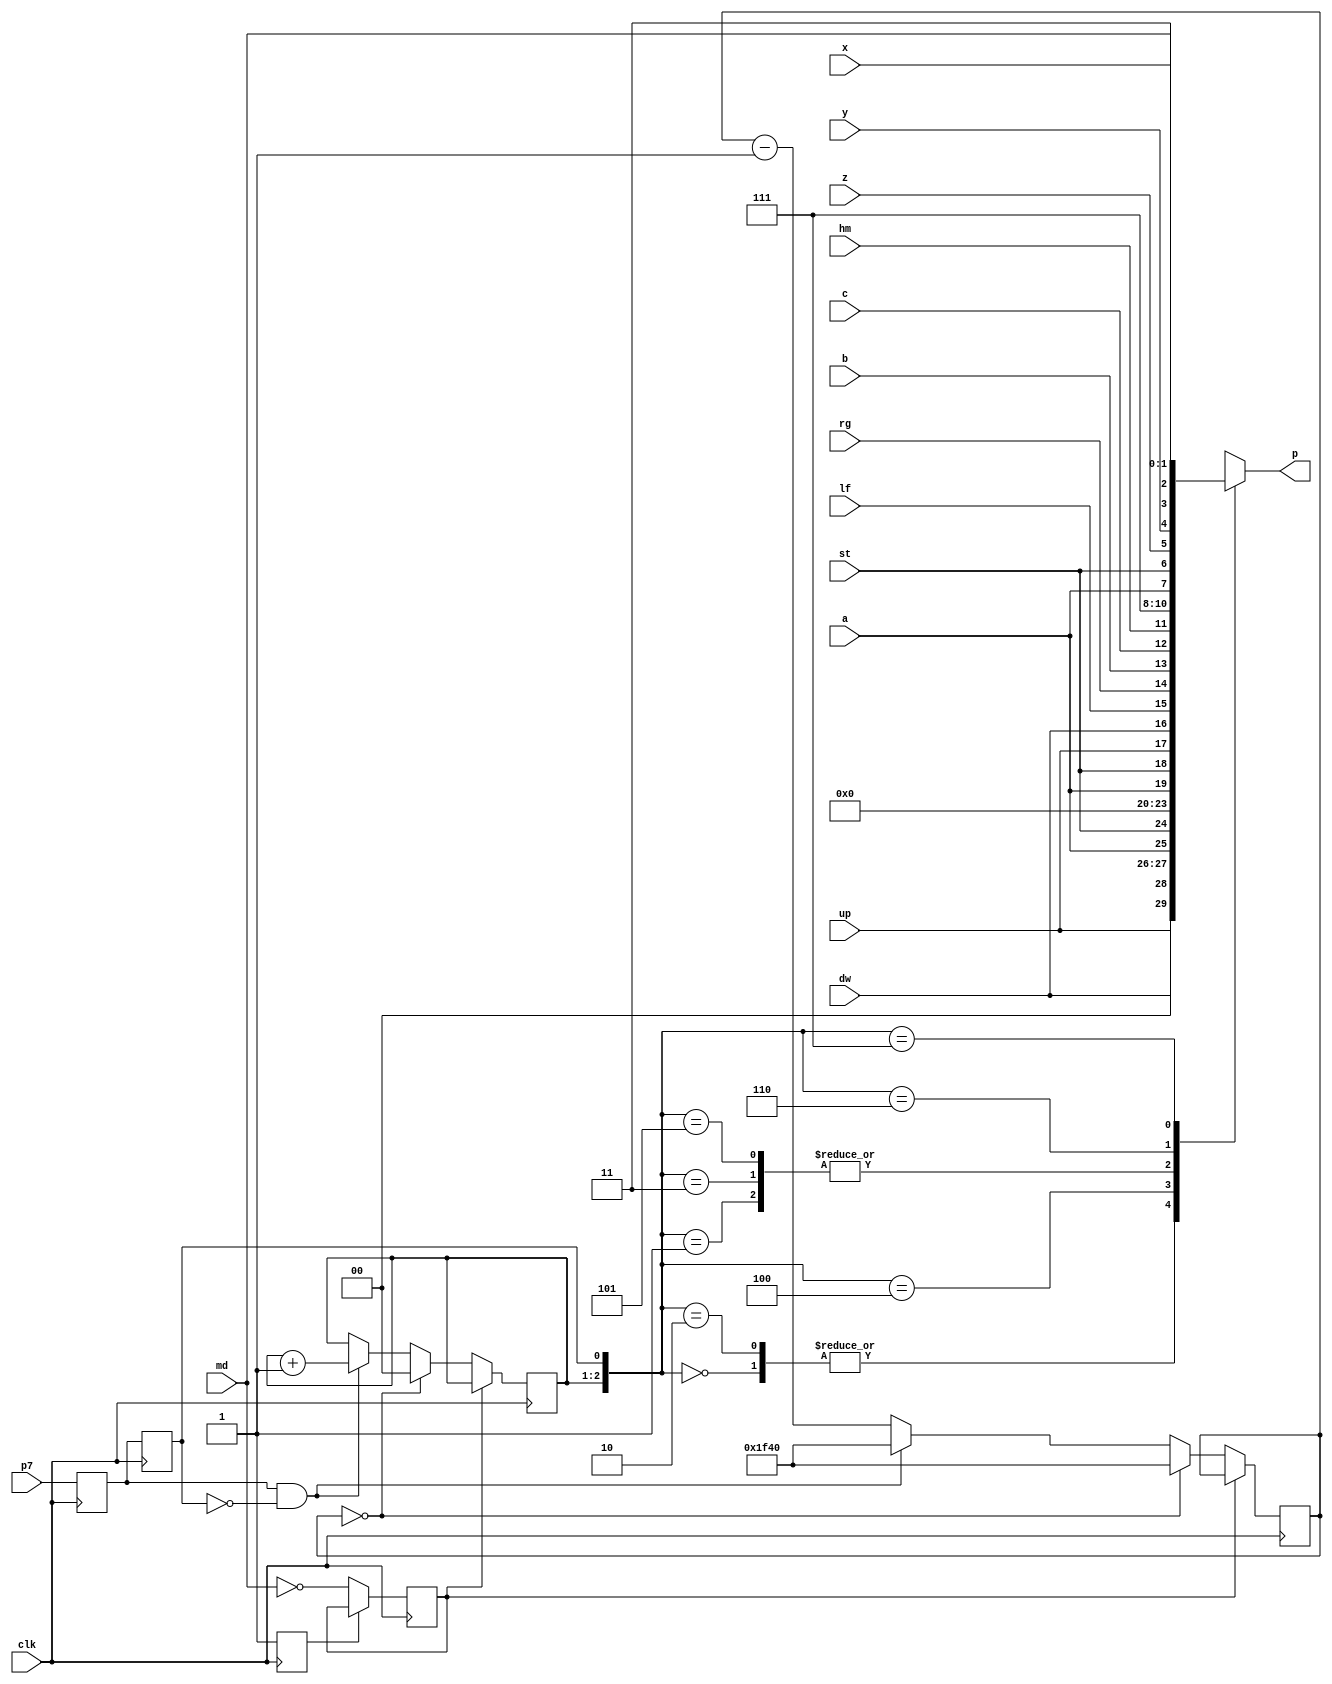
module smdsixbutton (
	input clk,
	input p7,	 // DB9_PIN7 (SEL)
	output reg [5:0] p = 6'b111111, // {DB9_PIN1, DB9_PIN2, DB9_PIN3, DB9_PIN4, DB9_PIN6, DB9_PIN9}
	input up,	 // Up button
	input dw,	 // Down button
	input lf,	 // Left button
	input rg,	 // Right button
	input a,	 // A button
	input b,	 // B button
	input c,	 // C button
	input st,	 // Start button
	input x,	 // X button
	input y,	 // Y button
	input z,	 // Z button
	input md,	 // Mode button
	input hm     // Home button (Analogue Mega Sg)
);

parameter TIMEOUT = 14'd8000; // For 10Mhz oscillator
//parameter TIMEOUT = 14'd16000; // For 20Mhz oscillator

reg [13:0] clk_counter = TIMEOUT;

reg [1:0] hi_count = 2'b0;

reg mode_set = 1'b0;
reg three_button_mode = 1'b0;

reg last_p7_1 = 1'b0;
reg last_p7_2 = 1'b0;

always @(posedge clk) begin
	last_p7_1 <= p7;
	last_p7_2 <= last_p7_1;

	if(!mode_set) begin
		three_button_mode <= !md;
		mode_set <= 1'b1;
	end

	if(!three_button_mode) begin
		if (clk_counter == 0) begin
			$display("Reset!");
			clk_counter <= TIMEOUT;
			hi_count <= 0;
		end else begin
			if (last_p7_1 && !last_p7_2) begin
				hi_count <= hi_count + 2'b1;
				clk_counter <= TIMEOUT;
			end else begin
				clk_counter <= clk_counter - 2'b1;
			end
		end
	end
end

always @(*) begin
	$display("hi_count=%d", hi_count);
	case ({hi_count, last_p7_2})
		3'b000: p = {up, dw, 1'b0, 1'b0, a, st};
		3'b001: p = {up, dw, lf, rg, b, c};
		3'b010: p = {up, dw, 1'b0, 1'b0, a, st};
		3'b011: p = {up, dw, lf, rg, b, c};
		3'b100: p = {1'b0, 1'b0, 1'b0, 1'b0, a, st};
		3'b101: p = {up, dw, lf, rg, b, c};
		3'b110: p = {hm, 1'b1, 1'b1, 1'b1, a, st};
		3'b111: p = {z, y, x, md, 1'b1, 1'b1};
	endcase
end

endmodule